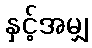
နှင့်အမျှ